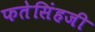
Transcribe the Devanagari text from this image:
फतेसिंहजी